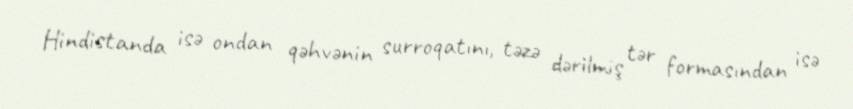
Hindistanda isə ondan qəhvənin surroqatını, təzə dərilmiş tər formasından isə